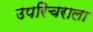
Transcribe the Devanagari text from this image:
उपरिचराला